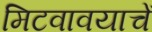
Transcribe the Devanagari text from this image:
मिटवावयाचें